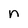
Character: n